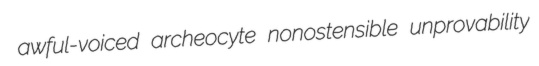
awful-voiced archeocyte nonostensible unprovability